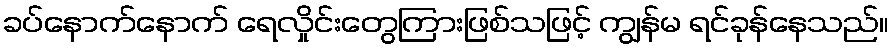
ခပ်နောက်နောက် ရေလှိုင်းတွေကြားဖြစ်သဖြင့် ကျွန်မ ရင်ခုန်နေသည်။